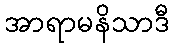
အာရာမနိသာဒီ